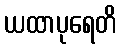
ယထာပုရေတိ